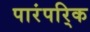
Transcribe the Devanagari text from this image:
पारंपरि्क